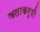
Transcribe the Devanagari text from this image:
जलाकर्षी